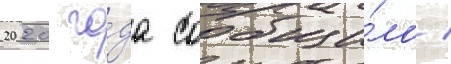
2020 го́да сообщи́ло /